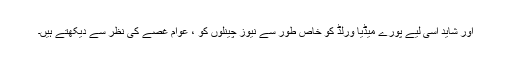
اور شاید اسی لیے پورے میڈیا ورلڈ کو خاص طور سے نیوز چینلوں کو ، عوام غصے کی نظر سے دیکھتے ہیں۔